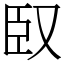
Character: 臤